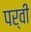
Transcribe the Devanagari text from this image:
पर्वी